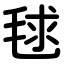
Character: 毬